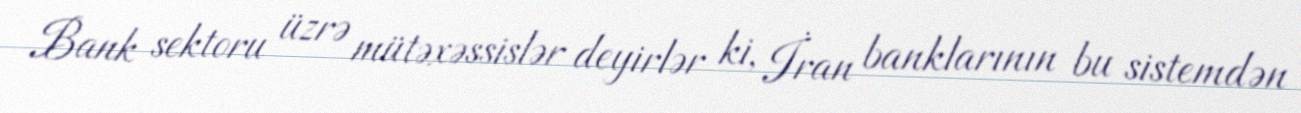
Bank sektoru üzrə mütəxəssislər deyirlər ki, İran banklarının bu sistemdən